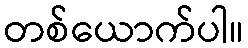
တစ်ယောက်ပါ။